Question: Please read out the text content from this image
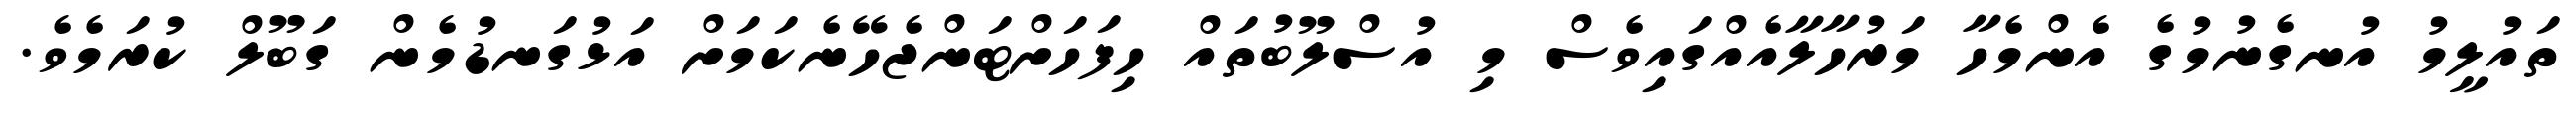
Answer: ތައުލީމު އުނގެނުމުގެ އެންމެހާ މަރުހާލާއެއްގައިވެސް މި އުސްލޫބުތައް ހިފަހަށްޓަންޖެހޭނެކަމަށް އަޅުގަނޑުމެން ގަބޫލް ކުރަމެވެ.